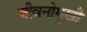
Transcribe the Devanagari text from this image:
जीवनोमुखी